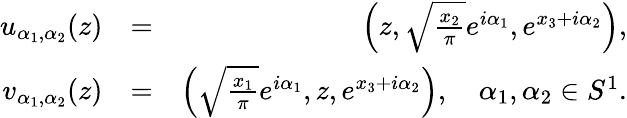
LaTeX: \begin{array}{rlr}{u_{\alpha_{1},\alpha_{2}}(z)}&{=}&{\left(z,\sqrt{\frac{x_{2}}{\pi}}e^{i\alpha_{1}},e^{x_{3}+i\alpha_{2}}\right),}\\ {v_{\alpha_{1},\alpha_{2}}(z)}&{=}&{\left(\sqrt{\frac{x_{1}}{\pi}}e^{i\alpha_{1}},z,e^{x_{3}+i\alpha_{2}}\right),\quad\alpha_{1},\alpha_{2}\in S^{1}.}\end{array}